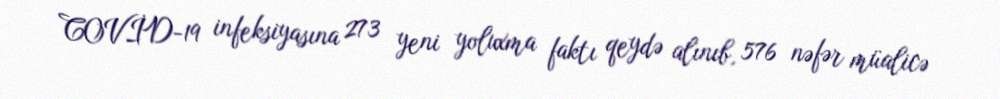
COVİD-19 infeksiyasına 273 yeni yoluxma faktı qeydə alınıb, 576 nəfər müalicə